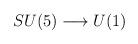
LaTeX: \begin{align*}SU(5) \longrightarrow U(1) \end{align*}